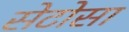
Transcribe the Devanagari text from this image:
सेटोसा